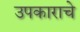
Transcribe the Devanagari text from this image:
उपकाराचे